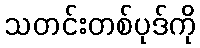
သတင်းတစ်ပုဒ်ကို